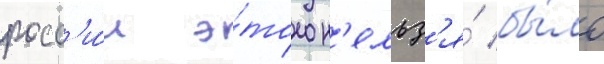
росс'и́и э́того н'ельз'я́ бы́ло